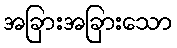
အခြားအခြားသော